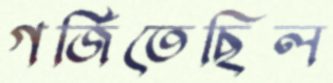
গর্জিতেছিল